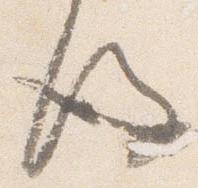
後